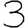
Digit: 3